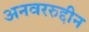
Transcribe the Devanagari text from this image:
अनवररुद्दीन